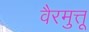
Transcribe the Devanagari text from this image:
वैरमुत्तू